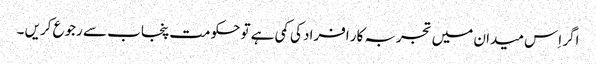
اگر اِس میدان میں تجربہ کار افراد کی کمی ہے تو حکومت پنجاب سے رجوع کریں ۔